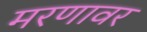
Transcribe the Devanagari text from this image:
मरणावर